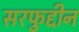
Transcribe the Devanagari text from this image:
सरफुद्दीन